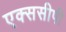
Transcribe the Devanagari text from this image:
एक्ससीपी